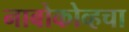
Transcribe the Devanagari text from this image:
नाबोकोव्हचा